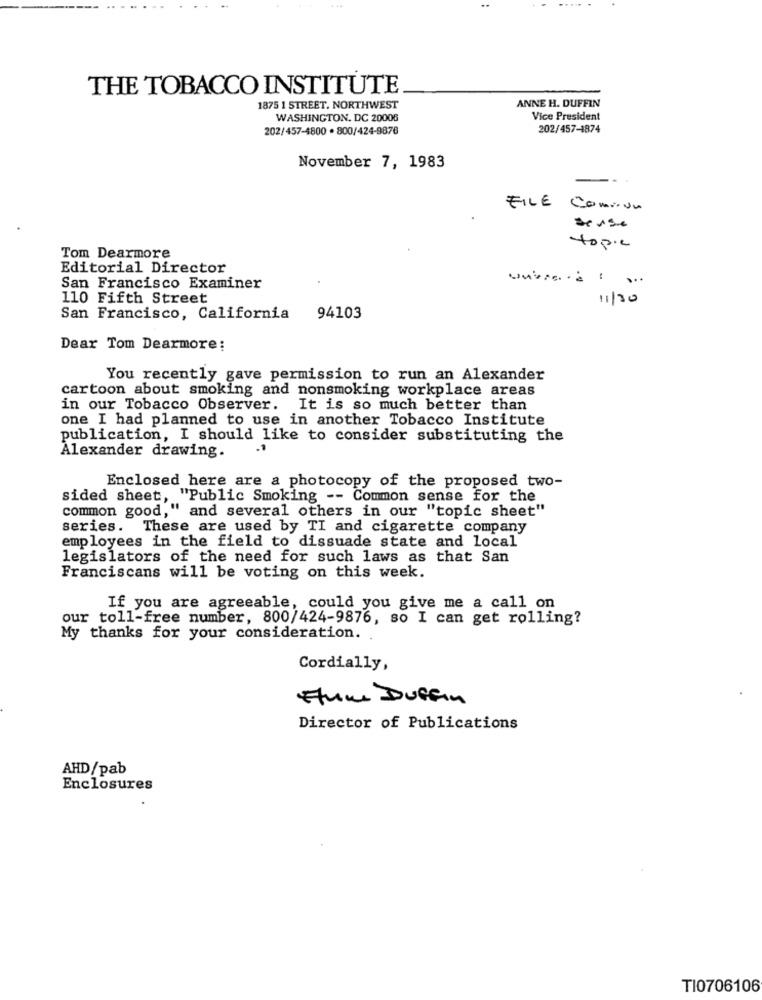
. ..
THE TOBACCO INSTITUTE
1875 1 STREET, NORTHWEST
ANNE H. DUFFIN
WASHINGTON, DC 20008
Vice President
202/457-4800 · 800/424-9876
202/457-4874
November 7, 1983
-
FILE ComiUA
sense
topic
Tom Dearmore
Editorial Director
San Francisco Examiner
110 Fifth Street
11/30
San Francisco, California
94103
Dear Tom Dearmore:
You recently gave permission to run an Alexander
cartoon about smoking and nonsmoking workplace areas
in our Tobacco Observer. It is so much better than
one I had planned to use in another Tobacco Institute
publication, I should like to consider substituting the
Alexander drawing.
Enclosed here are a photocopy of the proposed two-
sided sheet, "Public Smoking -- Common sense for the
common good,"
"," and several others in our "topic sheet"
series. These are used by TI and cigarette company
employees in the field to dissuade state and local
legislators of the need for such laws as that San
Franciscans will be voting on this week.
If you are agreeable, could you give me a call on
our toll-free number, 800/424-9876, so I can get rolling?
My thanks for your consideration. .
Cordially,
Fun Duffin
Director of Publications
AHD/pab
Enclosures
TI0706106